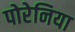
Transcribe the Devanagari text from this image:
पोरेनिया